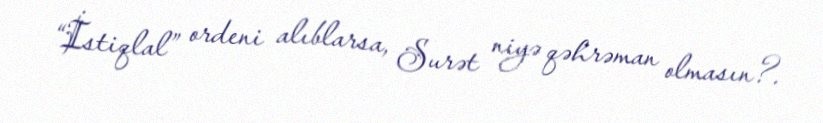
“İstiqlal” ordeni alıblarsa, Surət niyə qəhrəman olmasın?.